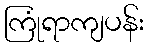
ကြုံရာကျပန်း